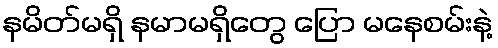
နမိတ်မရှိ နမာမရှိတွေ ပြော မနေစမ်းနဲ့